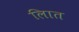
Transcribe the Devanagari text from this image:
लिात